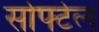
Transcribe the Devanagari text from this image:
सोफ्टेल